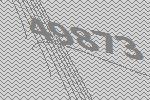
49873